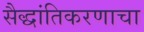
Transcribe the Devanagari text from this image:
सैद्धांतिकरणाचा